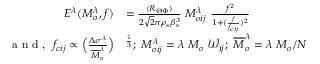
\begin{array} { r l } { E ^ { \lambda } ( M _ { o } ^ { \lambda } , f ) } & { = \frac { \langle R _ { \Theta \Phi } \rangle } { 2 \sqrt { 2 } \pi \rho _ { s } \beta _ { s } ^ { 3 } } ~ M _ { o i j } ^ { \lambda } ~ \frac { f ^ { 2 } } { 1 + ( \frac { f } { f _ { c i j } } ) ^ { 2 } } } \\ { \textnormal { a n d , } ~ f _ { c i j } \propto \Big ( \frac { \Delta \sigma ^ { \lambda } } { \overline { { M } } _ { o } ^ { \lambda } } \Big ) } & { ^ { \frac { 1 } { 3 } } ; ~ M _ { o i j } ^ { \lambda } = \lambda ~ M _ { o } ~ \mathcal { W } _ { i j } ; ~ \overline { { M } } _ { o } ^ { \lambda } = \lambda ~ M _ { o } / N } \end{array}